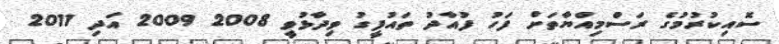
ސޮއިކުރުމުގެ ރަސްމިއްޔާތަށް ފަހު ފުއާދު ތައުފީގު ވިދާޅުވީ 2008 2009 އަދި 2011